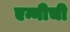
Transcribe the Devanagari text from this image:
एन्नीची